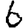
Digit: 6